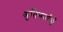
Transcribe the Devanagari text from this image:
श्रुतिमार्गसँ